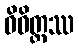
ဝိဝိတ္တဿ